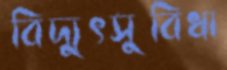
বিদ্যুৎসুবিধা